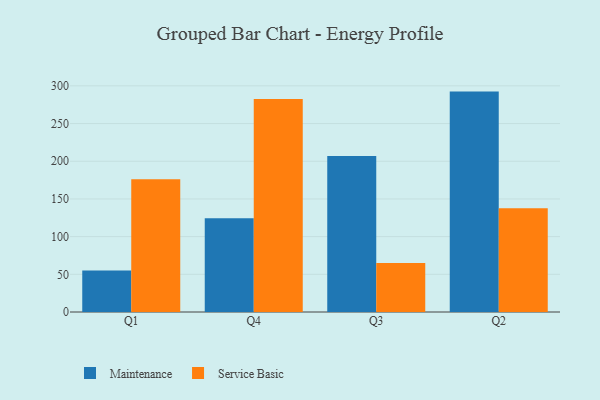
{"axis": {"x": "Quarter", "y": "Production Output"}, "legend": ["Maintenance", "Service Basic"], "data": [{"x": "Q1", "y": 54.9, "type": "Maintenance"}, {"x": "Q1", "y": 176.1, "type": "Service Basic"}, {"x": "Q4", "y": 124.3, "type": "Maintenance"}, {"x": "Q4", "y": 282.5, "type": "Service Basic"}, {"x": "Q3", "y": 206.9, "type": "Maintenance"}, {"x": "Q3", "y": 64.9, "type": "Service Basic"}, {"x": "Q2", "y": 292.4, "type": "Maintenance"}, {"x": "Q2", "y": 137.8, "type": "Service Basic"}]}